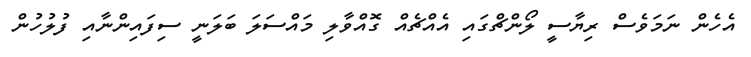
އެހެން ނަމަވެސް ރިޔާސީ ލޯންޗްގައި އެއްޗެއް ގޮއްވާލި މައްސަލަ ބަލަނީ ސިފައިންނާއި ފުލުހުން